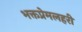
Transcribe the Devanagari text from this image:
भक्तप्रेमलहरी